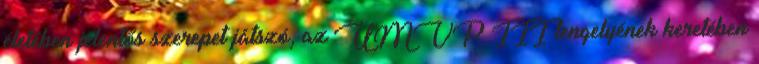
életében jelentős szerepet játszó, az UMVP III tengelyének keretében